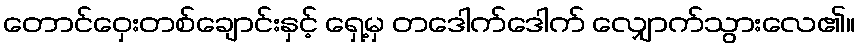
တောင်ဝှေးတစ်ချောင်းနှင့် ရှေ့မှ တဒေါက်ဒေါက် လျှောက်သွားလေ၏။